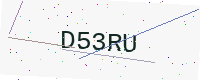
Text: D53RU